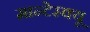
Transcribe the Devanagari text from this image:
मान्टेस्क्यू